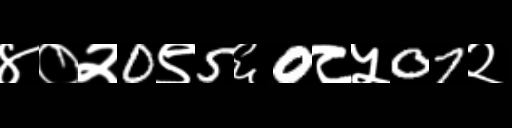
Text: ४०२0९5६0८५07२